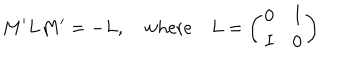
M ^ { \prime } L M ^ { \prime } = - L , \quad \mathrm { w h e r e } \quad L = \left( \begin{array} { c c } { { 0 } } & { { I } } \\ { { I } } & { { 0 } } \\ \end{array} \right)